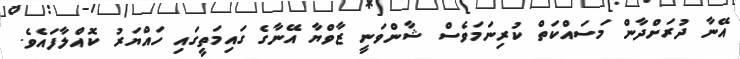
އޭނާ ދުރަށްދާން މަސައްކަތް ކުރިނަމަވެސް ޝާންވަނީ ޒާވްޔާ އޭނާގެ ގައިމަތީގައި ހައްޔަރު ކޮއްލާފައެވެ.